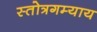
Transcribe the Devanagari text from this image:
स्तोत्रगम्याय